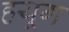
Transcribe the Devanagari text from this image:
हयूग